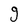
Character: g